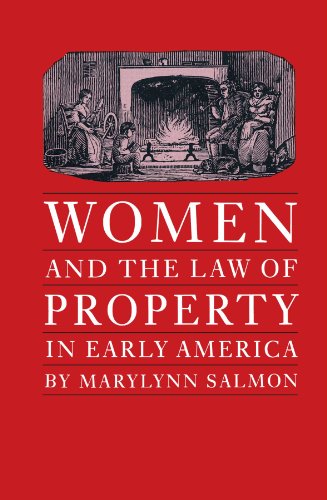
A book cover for Women and the Law of Property in Early America (Studies in Legal History); Marylynn Salmon; Law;